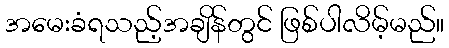
အမေးခံရသည့်အချိန်တွင် ဖြစ်ပါလိမ့်မည်။